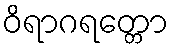
ဝိရာဂရတ္တော